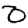
Digit: 0